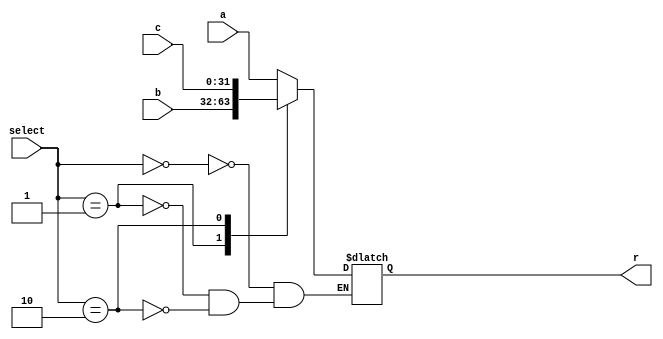
module mux3x32#(parameter WIDTH=32)(
	input [WIDTH-1:0] a,
	input [WIDTH-1:0] b,
	input [WIDTH-1:0] c,
	input [1:0]select,
	output reg [WIDTH-1:0] r
    );
    always @*
    begin
      case(select)
        2'd0:
        r=a;
        2'd1:
        r=b;
		2'd2:
		r=c;
      endcase
    end
endmodule